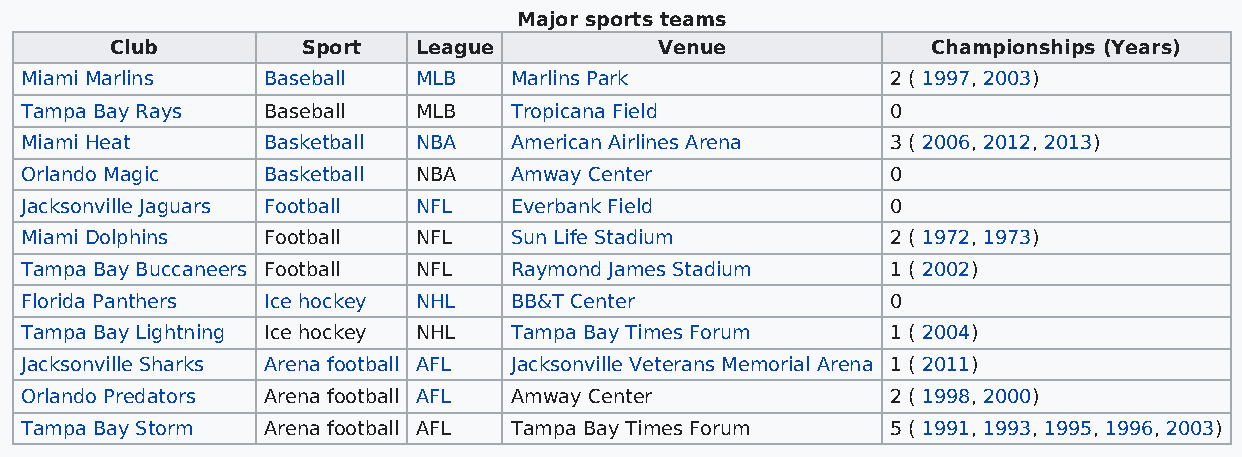
Major sports teams
 Club         Sport   League          Venue             Championships (Years)
 Miami Marlins   Baseball   MLB   Marlins Park             2 ( 1997, 2003)
 Tampa Bay Rays  Baseball   MLB   Tropicana Field          0
 Miami Heat      Basketball NBA   American Airlines Arena  3 ( 2006, 2012, 2013)
 Orlando Magic   Basketball NBA   Amway Center             0
 Jacksonville Jaguars Football NFL Everbank Field          0
 Miami Dolphins  Football   NFL   Sun Life Stadium         2 ( 1972, 1973)
 Tampa Bay Buccaneers Football NFL Raymond James Stadium   1 ( 2002)
 Florida Panthers Ice hockey NHL  BB&T Center              0
 Tampa Bay Lightning Ice hockey NHL Tampa Bay Times Forum  1 ( 2004)
 Jacksonville Sharks Arena football AFL Jacksonville Veterans Memorial Arena 1 ( 2011)
 Orlando Predators Arena football AFL Amway Center         2 ( 1998, 2000)
 Tampa Bay Storm Arena football AFL Tampa Bay Times Forum  5 ( 1991, 1993, 1995, 1996, 2003)